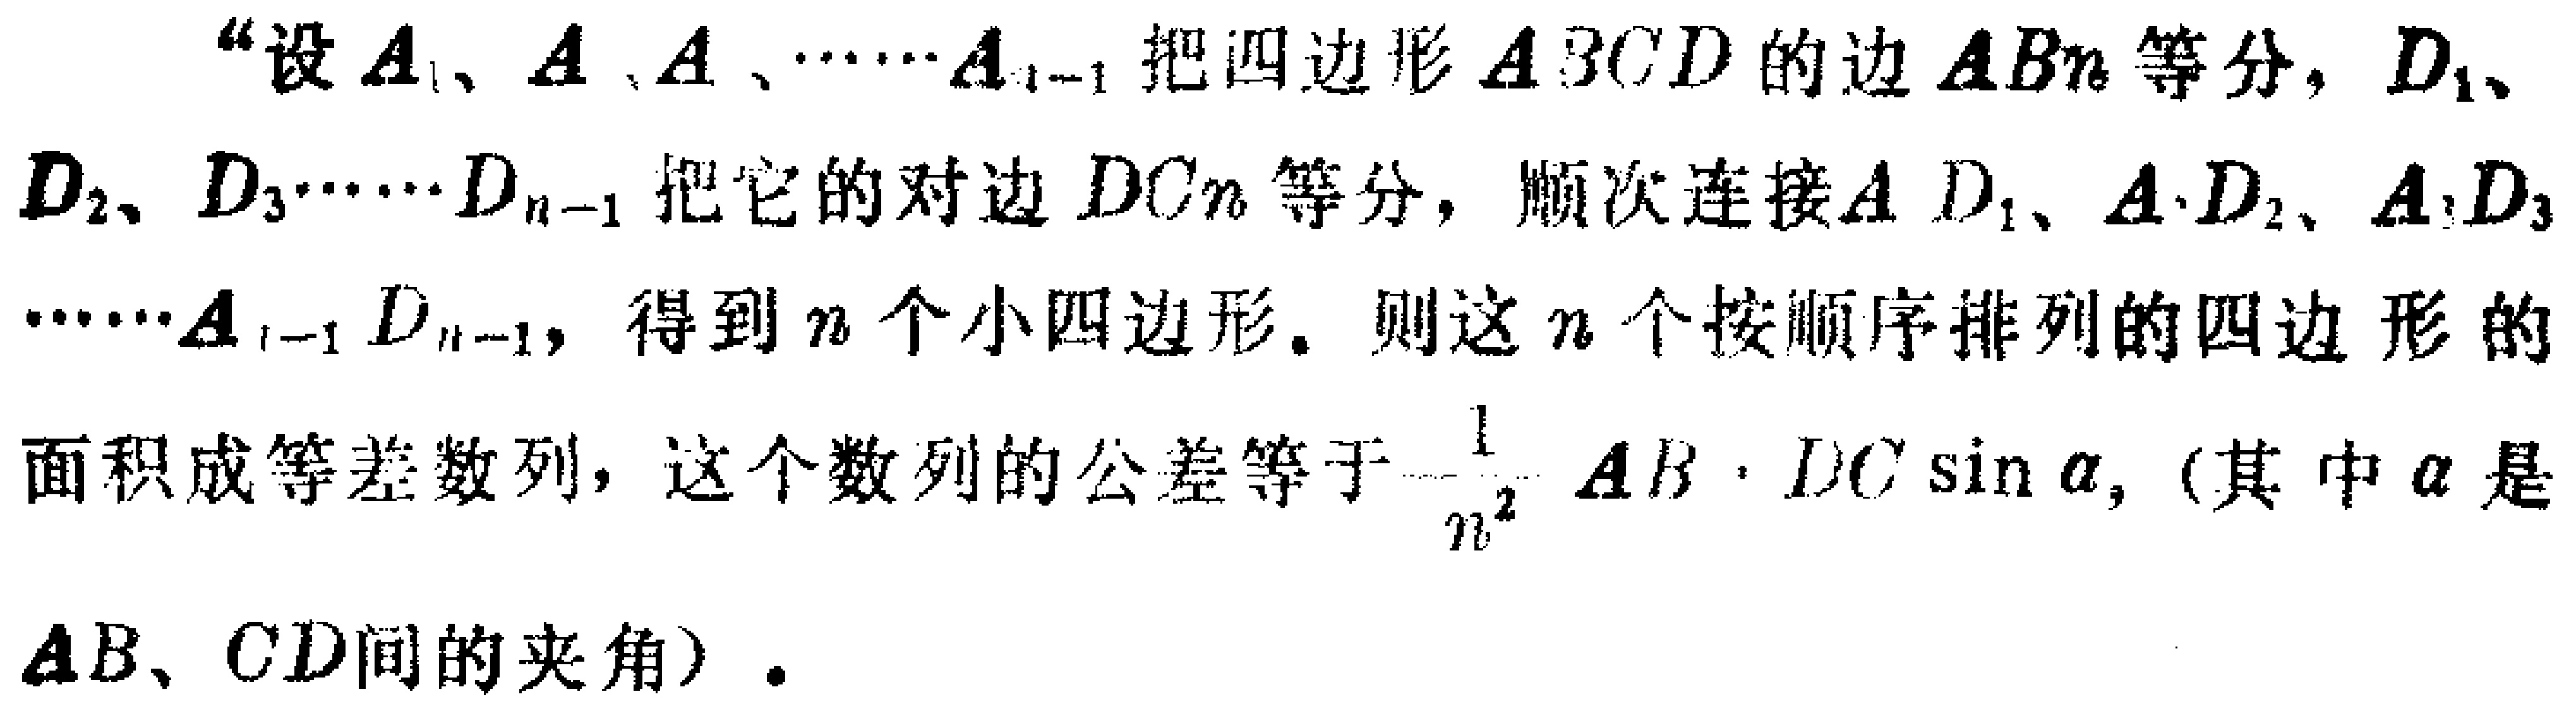
“设\(A_1、A_2、A_3、\cdots A_{n - 1}\)把四边形\(ABCD\)的边\(AB\) \(n\)等分，\(D_1、D_2、D_3\cdots D_{n - 1}\)把它的对边\(DC\) \(n\)等分，顺次连接\(A_1D_1、A_2D_2、A_3D_3\cdots A_{n - 1}D_{n - 1}\)，得到\(n\)个小四边形。则这\(n\)个按顺序排列的四边形的面积成等差数列，这个数列的公差等于\(\frac{1}{n^2}AB\cdot DC\sin\alpha\)，（其中\(\alpha\)是\(AB、CD\)间的夹角）。”